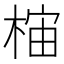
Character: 𱣯